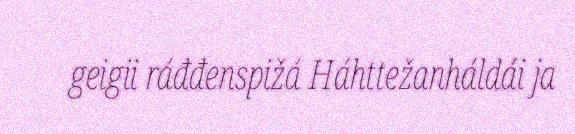
geigii ráđđenspižá Háhttežanháldái ja